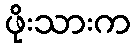
ဖိုးသားက